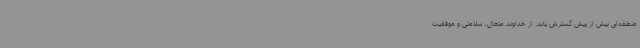
منطقه‌ای بیش از پیش گسترش یابد. از خداوند متعال، سلامتی و موفقیت